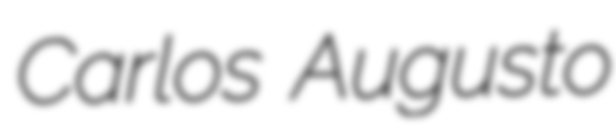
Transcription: Carlos Augusto